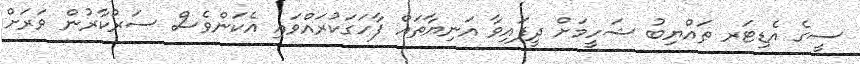
ސީގެ އެޑިޓަރ ޠައްޔިބު ޝަހީމަށް ދީފައިވާ އަނިޔާތައް ފާހަގަކުރައްވައި އެކަންވެސް ސަރުކާރުން ވަރަށް